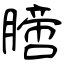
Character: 膪